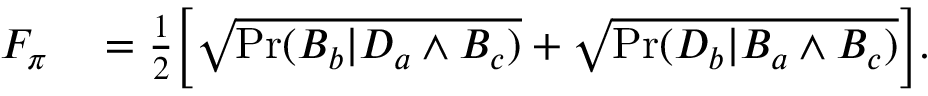
\begin{array} { r l } { F _ { \pi } } & { { } = \frac { 1 } { 2 } \Big [ \sqrt { \operatorname* { P r } ( B _ { b } | D _ { a } \land B _ { c } ) } + \sqrt { \operatorname* { P r } ( D _ { b } | B _ { a } \land B _ { c } ) } \Big ] . } \end{array}